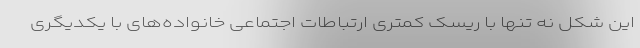
این شکل نه تنها با ریسک کمتری ارتباطات اجتماعی خانواده‌های با یکدیگری